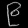
Digit: ၉